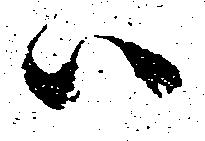
ハ